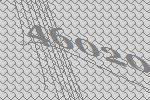
46020